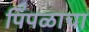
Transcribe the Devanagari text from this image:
पिंपळाचा